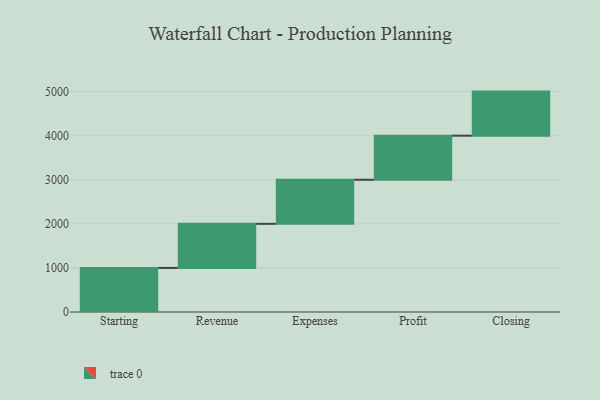
{"axis": {"x": "Step", "y": "Value"}, "legend": [""], "data": [{"x": "Starting", "y": 1000, "type": ""}, {"x": "Revenue", "y": 1000, "type": ""}, {"x": "Expenses", "y": 1000, "type": ""}, {"x": "Profit", "y": 1000, "type": ""}, {"x": "Closing", "y": 1000, "type": ""}]}